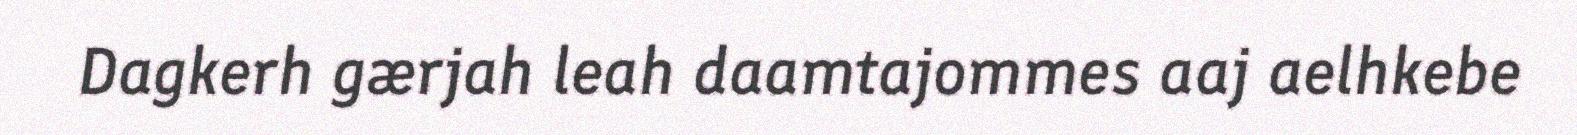
Dagkerh gærjah leah daamtajommes aaj aelhkebe